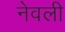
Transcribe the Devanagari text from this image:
नेवली